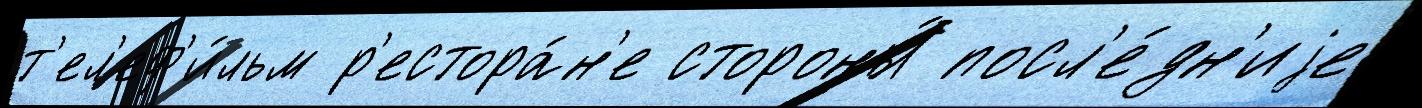
т'ел'еф'и́льм р'естора́н'е стороны́ посл'е́дн'иjе